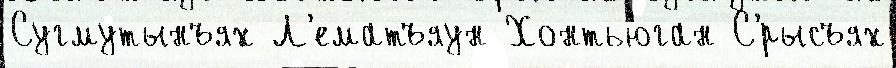
Сугмутынъях Л'ематъяун Хонтьюган С'́рысъях